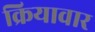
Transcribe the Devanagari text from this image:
क्रियावार